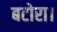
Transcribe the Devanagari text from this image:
बटोरा।